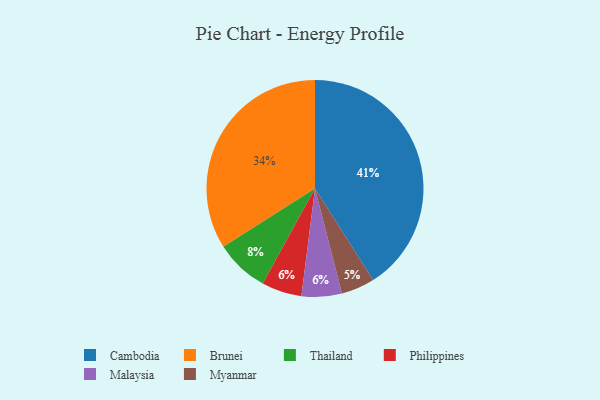
{"axis": {"x": "Category", "y": "Percentage"}, "legend": ["Brunei", "Cambodia", "Malaysia", "Myanmar", "Philippines", "Thailand"], "data": [{"x": "Myanmar", "y": 5, "type": "Myanmar"}, {"x": "Cambodia", "y": 41, "type": "Cambodia"}, {"x": "Thailand", "y": 8, "type": "Thailand"}, {"x": "Brunei", "y": 34, "type": "Brunei"}, {"x": "Philippines", "y": 6, "type": "Philippines"}, {"x": "Malaysia", "y": 6, "type": "Malaysia"}]}